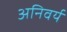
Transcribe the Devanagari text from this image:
अनिवर्य